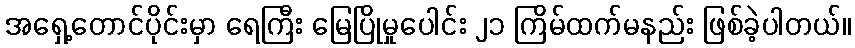
အရှေ့တောင်ပိုင်းမှာ ရေကြီး မြေပြိုမှုပေါင်း ၂၁ ကြိမ်ထက်မနည်း ဖြစ်ခဲ့ပါတယ်။